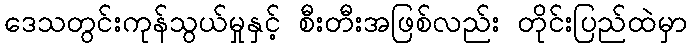
ဒေသတွင်းကုန်သွယ်မှုနှင့် စီးတီးအဖြစ်လည်း တိုင်းပြည်ထဲမှာ